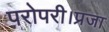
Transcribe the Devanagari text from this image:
परोपरी।प्रजा